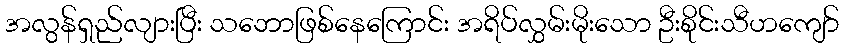
အလွန်ရှည်လျားပြီး သဘောဖြစ်နေကြောင်း အရိပ်လွှမ်းမိုးသော ဦးစိုင်းသီဟကျော်